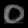
Digit: ၀